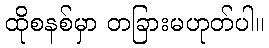
ထိုစနစ်မှာ တခြားမဟုတ်ပါ။